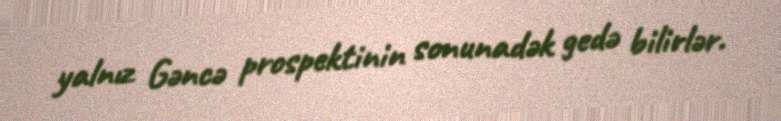
yalnız Gəncə prospektinin sonunadək gedə bilirlər.